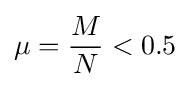
\mu ={\frac {M}{N}}<0.5